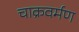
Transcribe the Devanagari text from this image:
चाक्रवर्मण